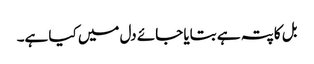
بل کا پتہ ہے بتایا جائے دل میں کیا ہے۔